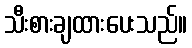
သီးစားချထားပေးသည်။